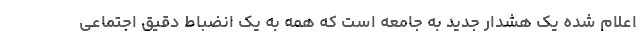
اعلام شده یک هشدار جدید به جامعه است که همه به یک انضباط دقیق اجتماعی